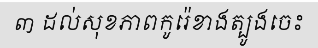
៣ ដល់សុខភាពកូរ៉េខាងត្បូងចេះ